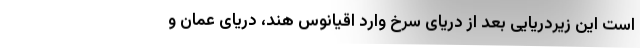
است این زیردریایی بعد از دریای سرخ وارد اقیانوس هند، دریای عمان و